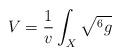
LaTeX: \begin{align*}V=\frac{1}{v}\int_X\sqrt{^6g}\end{align*}